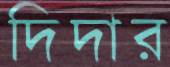
দিদার